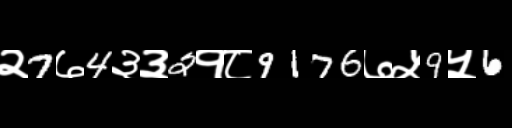
Text: २7७4३३2१८9176७५9५6